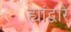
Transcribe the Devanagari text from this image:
ह्यांद्वारे